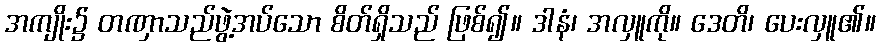
အကျိုး၌ တဏှာသည်ဖွဲ့အပ်သော စိတ်ရှိသည် ဖြစ်၍။ ဒါနံ၊ အလှူကို။ ဒေတိ၊ ပေးလှူ၏။